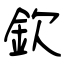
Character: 欽